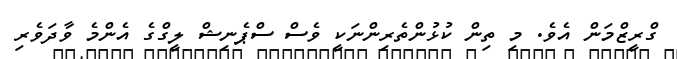
ގްރީޒްމަން އެވެ. މި ތިން ކުޅުންތެރިންނަކީ ވެސް ސްޕެނިޝް ލީގްގެ އެންމެ ވާދަވެރި